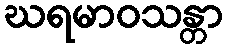
ဃရမာဝသန္တာ